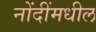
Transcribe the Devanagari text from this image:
नोंदींमधील